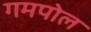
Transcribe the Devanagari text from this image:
गमपोल